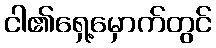
ငါ၏ရှေ့မှောက်တွင်